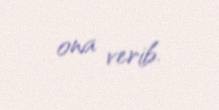
ona verib.